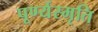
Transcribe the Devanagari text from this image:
पूर्ण्यस्मृति